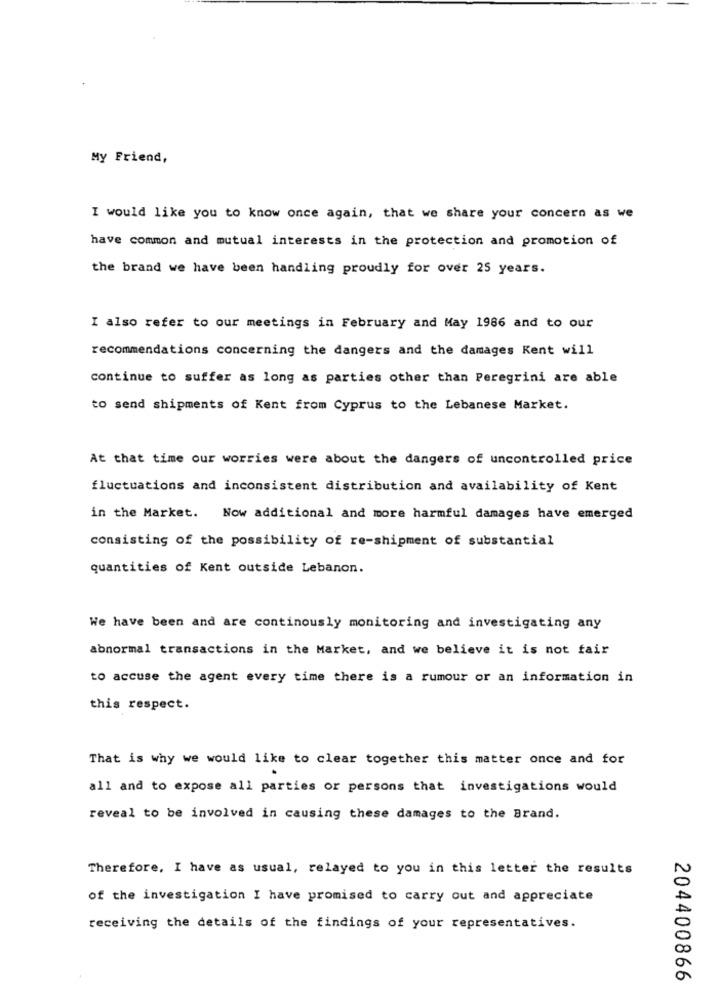
My Friend,
I would like you to know once again, that we share your concern as we
have common and mutual interests in the protection and promotion of
the brand we have been handling proudly for over 25 years.
I also refer to our meetings in February and May 1986 and to our
recommendations concerning the dangers and the damages Kent will
continue to suffer as long as parties other than Peregrini are able
to send shipments of Kent from Cyprus to the Lebanese Market.
At that time our worries were about the dangers of uncontrolled price
fluctuations and inconsistent distribution and availability of Kent
in the Market. Now additional and more harmful damages have emerged
consisting of the possibility of re-shipment of substantial
quantities of Kent outside Lebanon.
We have been and are continously monitoring and investigating any
abnormal transactions in the Market, and we believe it is not fair
to accuse the agent every time there is a rumour or an information in
this respect.
That is why we would like to clear together this matter once and for
all and to expose all parties or persons that investigations would
reveal to be involved in causing these damages to the Brand.
Therefore, I have as usual, relayed to you in this letter the results
of the investigation I have promised to carry out and appreciate
receiving the details of the findings of your representatives.
204400866